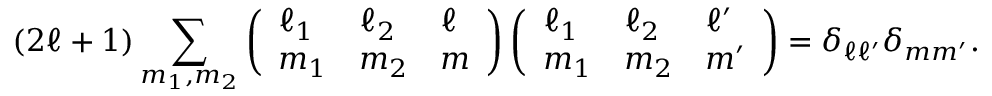
( 2 \ell + 1 ) \sum _ { m _ { 1 } , m _ { 2 } } \left( \begin{array} { l l l } { \ell _ { 1 } } & { \ell _ { 2 } } & { \ell } \\ { m _ { 1 } } & { m _ { 2 } } & { m } \end{array} \right) \left( \begin{array} { l l l } { \ell _ { 1 } } & { \ell _ { 2 } } & { \ell ^ { \prime } } \\ { m _ { 1 } } & { m _ { 2 } } & { m ^ { \prime } } \end{array} \right) = \delta _ { \ell \ell ^ { \prime } } \delta _ { m m ^ { \prime } } .